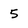
Character: 5